Document type: Sale
Year: 1305
Scribe: Bernat de Vilarúbia
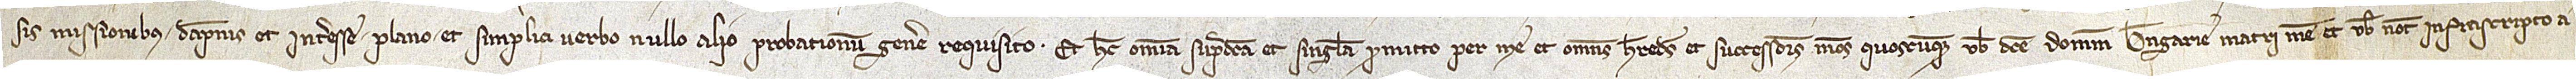
sis missionibus, dampnis et interesse plano et simplici verbo, nullo alio probationum genere requisito. Et hec omnia supradicta et singula promitto per me et omnes heredes et successores meos quoscumque vobis dicte domine Berengarie, matri mee, et vobis notario infrascripto a